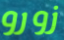
زورو